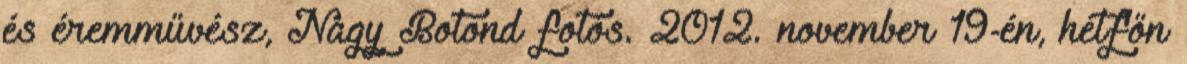
és éremművész, Nagy Botond fotós. 2012. november 19-én, hétfőn